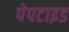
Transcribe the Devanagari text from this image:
पेपटाइड